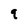
Character: q